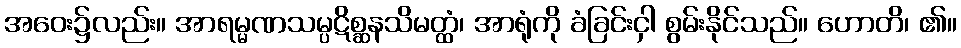
အဝေး၌လည်း။ အာရမ္မဏသမ္ပဋိစ္ဆနသိမတ္ထံ၊ အာရုံကို ခံခြင်းငှါ စွမ်းနိုင်သည်။ ဟောတိ၊ ၏။